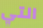
التي